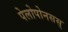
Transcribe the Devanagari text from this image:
पेलोपोनसस्‌